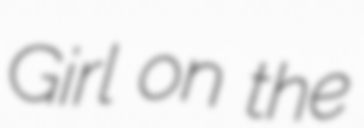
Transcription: Girl on the